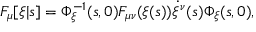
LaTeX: F _ { \mu } [ \xi | s ] = \Phi _ { \xi } ^ { - 1 } ( s , 0 ) F _ { \mu \nu } ( \xi ( s ) ) \dot { \xi } ^ { \nu } ( s ) \Phi _ { \xi } ( s , 0 ) ,